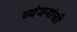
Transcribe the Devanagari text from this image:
व्यंजनांची